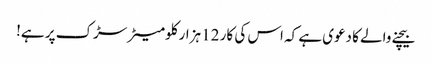
بیچنے والے کا دعوی ہے کہ اس کی کار 12 ہزار کلومیٹر سڑک پر ہے!